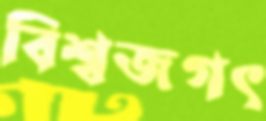
বিশ্বজগৎ